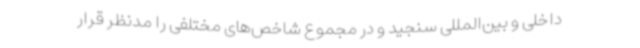
داخلی و بین‌المللی سنجید و در مجموع شاخص‌های مختلفی را مدنظر قرار